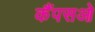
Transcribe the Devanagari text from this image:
कैंपसओ